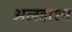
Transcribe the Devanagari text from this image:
अलहाश्म